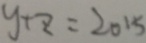
y + z = 2 0 1 5